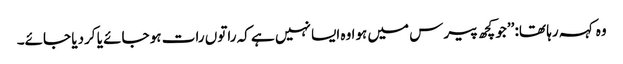
وہ کہہ رہا تھا: ’’جو کچھ پیرس میں ہوا وہ ایسا نہیں ہے کہ راتوں رات ہو جائے یا کردیا جائے۔